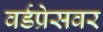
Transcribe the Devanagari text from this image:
वर्डप्रेसवर